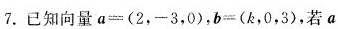
7. 已知向量 $$a = ( 2，-3，0 )$$，$$b = ( k，0，3 )$$，若 a